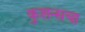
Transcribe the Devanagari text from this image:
कुशन्सचा